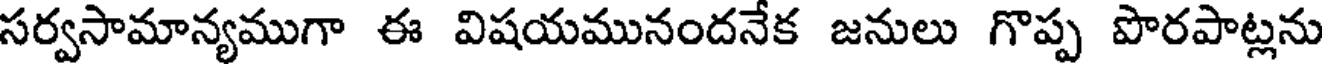
సర్వసామాన్యముగా ఈ విషయమునందనేక జనులు గొప్ప పొరపాట్లను